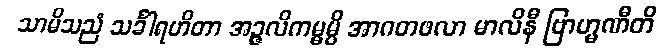
သာမိသညံ သင်္ခါရဟိတာ အဉ္ဇလိကမ္မမ္ပိ အာဂတဖလာ မာလိနီ ဗြာဟ္မဏီတိ